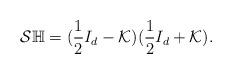
LaTeX: \begin{align*}\mathcal{S}\mathbb{H} = (\frac{1}{2}I_{d} - \mathcal{K}) (\frac{1}{2}I_{d} + \mathcal{K}).\end{align*}